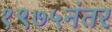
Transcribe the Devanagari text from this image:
१९७५नंतर